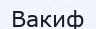
Вакиф